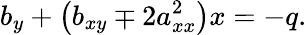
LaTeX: b_{y}+\left(b_{xy}\mp 2a_{xx}^{2}\right)x=-q.